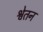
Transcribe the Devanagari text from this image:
श्वेतन